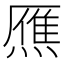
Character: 𤎝